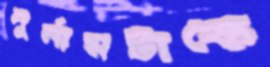
দুর্নামটাকে